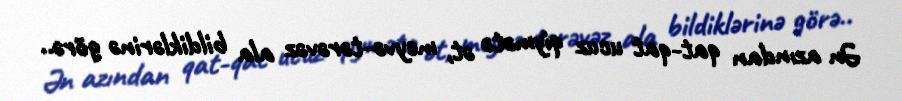
Ən azından qat-qat ucuz qiymətə ət, meyvə-tərəvəz ala bildiklərinə görə..